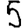
Digit: 5